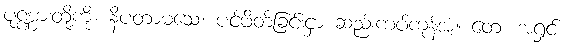
ပုဏ္ဏားတို့ကို။ နိပတာမသေ၊ ပင့်ဖိတ်ခြင်းငှာ ဆည်းကပ်ကုန်အံ့။ တေ၊ အရှင်